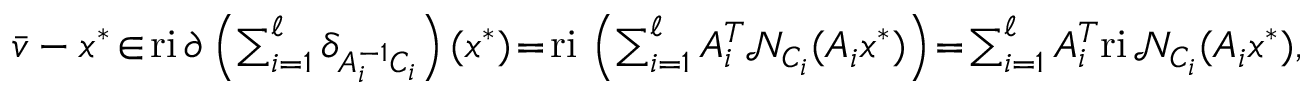
\begin{array} { r } { \textstyle \bar { v } - x ^ { * } \! \in \! \mathrm { r i } \, \partial \left( \sum _ { i = 1 } ^ { \ell } \delta _ { A _ { i } ^ { - 1 } C _ { i } } \right) ( x ^ { * } ) \! = \! \mathrm { r i } \, \left( \sum _ { i = 1 } ^ { \ell } A _ { i } ^ { T } \mathcal { N } _ { C _ { i } } ( A _ { i } x ^ { * } ) \right) \! = \! \sum _ { i = 1 } ^ { \ell } A _ { i } ^ { T } \mathrm { r i } \, \mathcal { N } _ { C _ { i } } ( A _ { i } x ^ { * } ) , } \end{array}